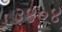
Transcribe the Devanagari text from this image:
३४०४